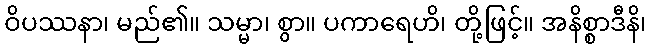
ဝိပဿနာ၊ မည်၏။ သမ္မာ၊ စွာ။ ပကာရေဟိ၊ တို့ဖြင့်။ အနိစ္စာဒီနိ၊